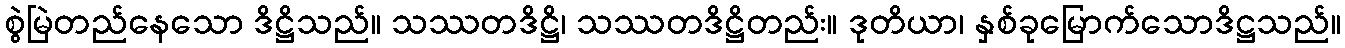
စွဲမြဲတည်နေသော ဒိဋ္ဌိသည်။ သဿတဒိဋ္ဌိ၊ သဿတဒိဋ္ဌိတည်း။ ဒုတိယာ၊ နှစ်ခုမြောက်သောဒိဋ္ဌသည်။